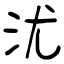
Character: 沋